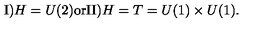
\mathrm { I ) } H = U ( 2 ) \mathrm { o r } \mathrm { I I ) } H = T = U ( 1 ) \times U ( 1 ) .